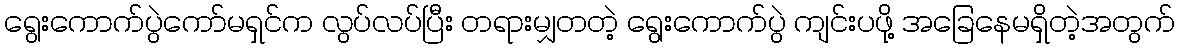
ရွေးကောက်ပွဲကော်မရှင်က လွပ်လပ်ပြီး တရားမျှတတဲ့ ရွေးကောက်ပွဲ ကျင်းပဖို့ အခြေနေမရှိတဲ့အတွက်